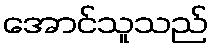
အောင်သူသည်